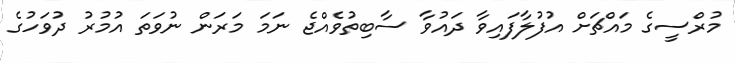
މުރްސީގެ މައްޗަށް އުފުލާފައިވާ ދައުވާ ސާބިތުވެއްޖެ ނަމަ މަރަން ނުވަތަ އުމުރު ދުވަހުގެ